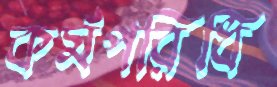
কর্মপরিধি